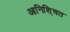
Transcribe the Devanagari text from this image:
आनिशि्चत